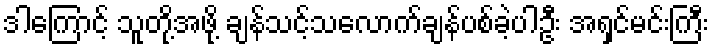
ဒါကြောင့် သူတို့အဖို့ ချန်သင့်သလောက်ချန်ပစ်ခဲ့ပါဦး အရှင်မင်းကြီး